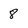
Character: 8